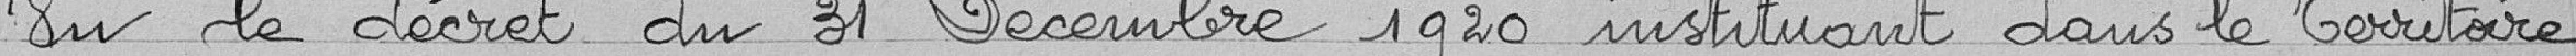
Vu le décret du 31 Décembre 1920 instituant dans le Territoire